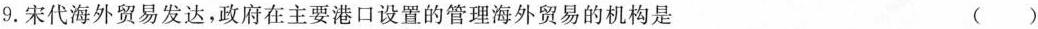
9.宋代海外贸易发达，政府在主要港口设置的管理海外贸易的机构是 ()